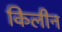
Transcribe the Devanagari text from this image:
किलीन